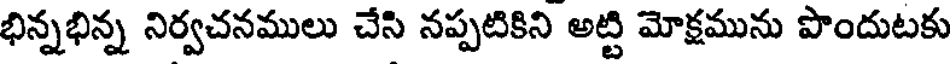
భిన్నభిన్న నిర్వచనములు చేసి నప్పటికిని అట్టి మోక్షమును పొందుటకు